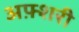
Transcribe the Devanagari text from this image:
अफ़्शरी